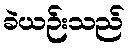
ခဲယဉ်းသည်